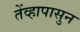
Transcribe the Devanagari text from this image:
तेंव्हापासुन